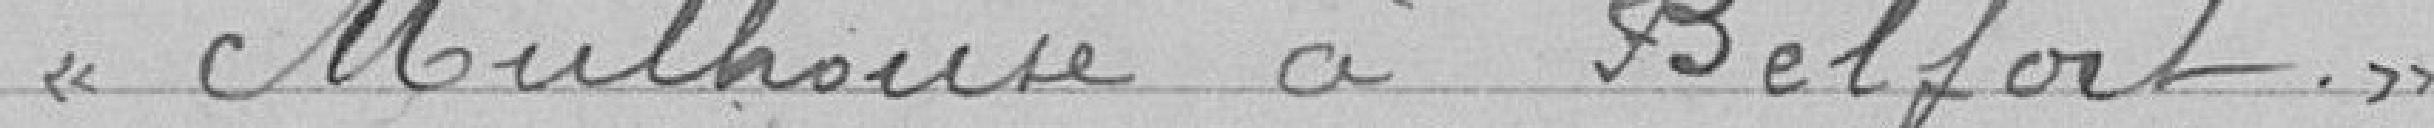
« Mulhouse à Belfort.»